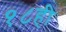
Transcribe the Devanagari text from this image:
१८ही